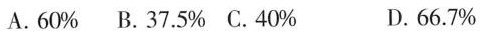
A.60% B.37.5% C.40% D.66.7%